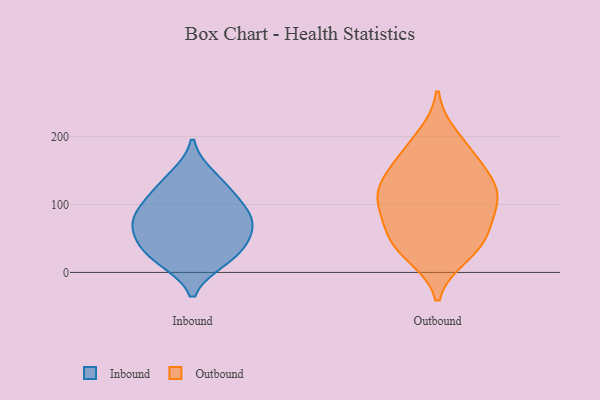
{"axis": {"x": "Shipments", "y": "Value"}, "legend": ["Inbound", "Outbound"], "data": [{"x": "", "y": 125, "type": "Inbound"}, {"x": "", "y": 89, "type": "Inbound"}, {"x": "", "y": 105, "type": "Inbound"}, {"x": "", "y": 18, "type": "Inbound"}, {"x": "", "y": 33, "type": "Inbound"}, {"x": "", "y": 65, "type": "Inbound"}, {"x": "", "y": 22, "type": "Inbound"}, {"x": "", "y": 68, "type": "Inbound"}, {"x": "", "y": 85, "type": "Inbound"}, {"x": "", "y": 53, "type": "Inbound"}, {"x": "", "y": 142, "type": "Inbound"}, {"x": "", "y": 137, "type": "Outbound"}, {"x": "", "y": 174, "type": "Outbound"}, {"x": "", "y": 115, "type": "Outbound"}, {"x": "", "y": 113, "type": "Outbound"}, {"x": "", "y": 130, "type": "Outbound"}, {"x": "", "y": 38, "type": "Outbound"}, {"x": "", "y": 166, "type": "Outbound"}, {"x": "", "y": 54, "type": "Outbound"}, {"x": "", "y": 199, "type": "Outbound"}, {"x": "", "y": 110, "type": "Outbound"}, {"x": "", "y": 90, "type": "Outbound"}, {"x": "", "y": 75, "type": "Outbound"}, {"x": "", "y": 26, "type": "Outbound"}, {"x": "", "y": 42, "type": "Outbound"}]}